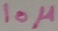
Text: 10µ